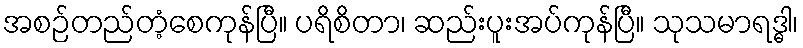
အစဉ်တည်တံ့စေကုန်ပြီ။ ပရိစိတာ၊ ဆည်းပူးအပ်ကုန်ပြီ။ သုသမာရဒ္ဓါ၊